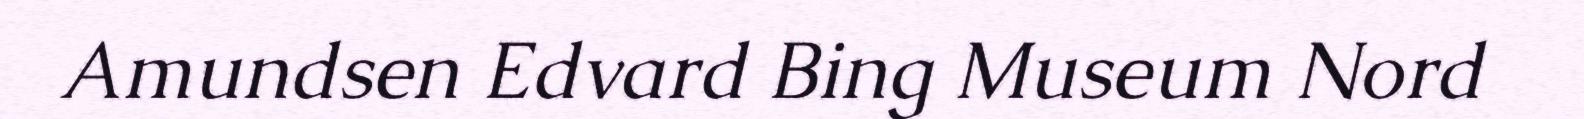
Amundsen Edvard Bing Museum Nord